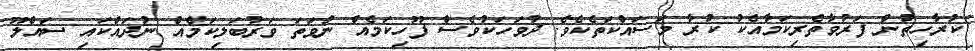
ކުރާހިތުން ފަރުވާތެރިކަމާާއެކު ކުރާ މަސައްކަތެކެވެ. ދުވަހަކުވެސް ފޫހިކަމެއް ނުވަތަ ވަރުބަލިކަމެއް ނުދައްކައި ސައްލޫ